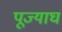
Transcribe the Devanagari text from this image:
पूज्याघं